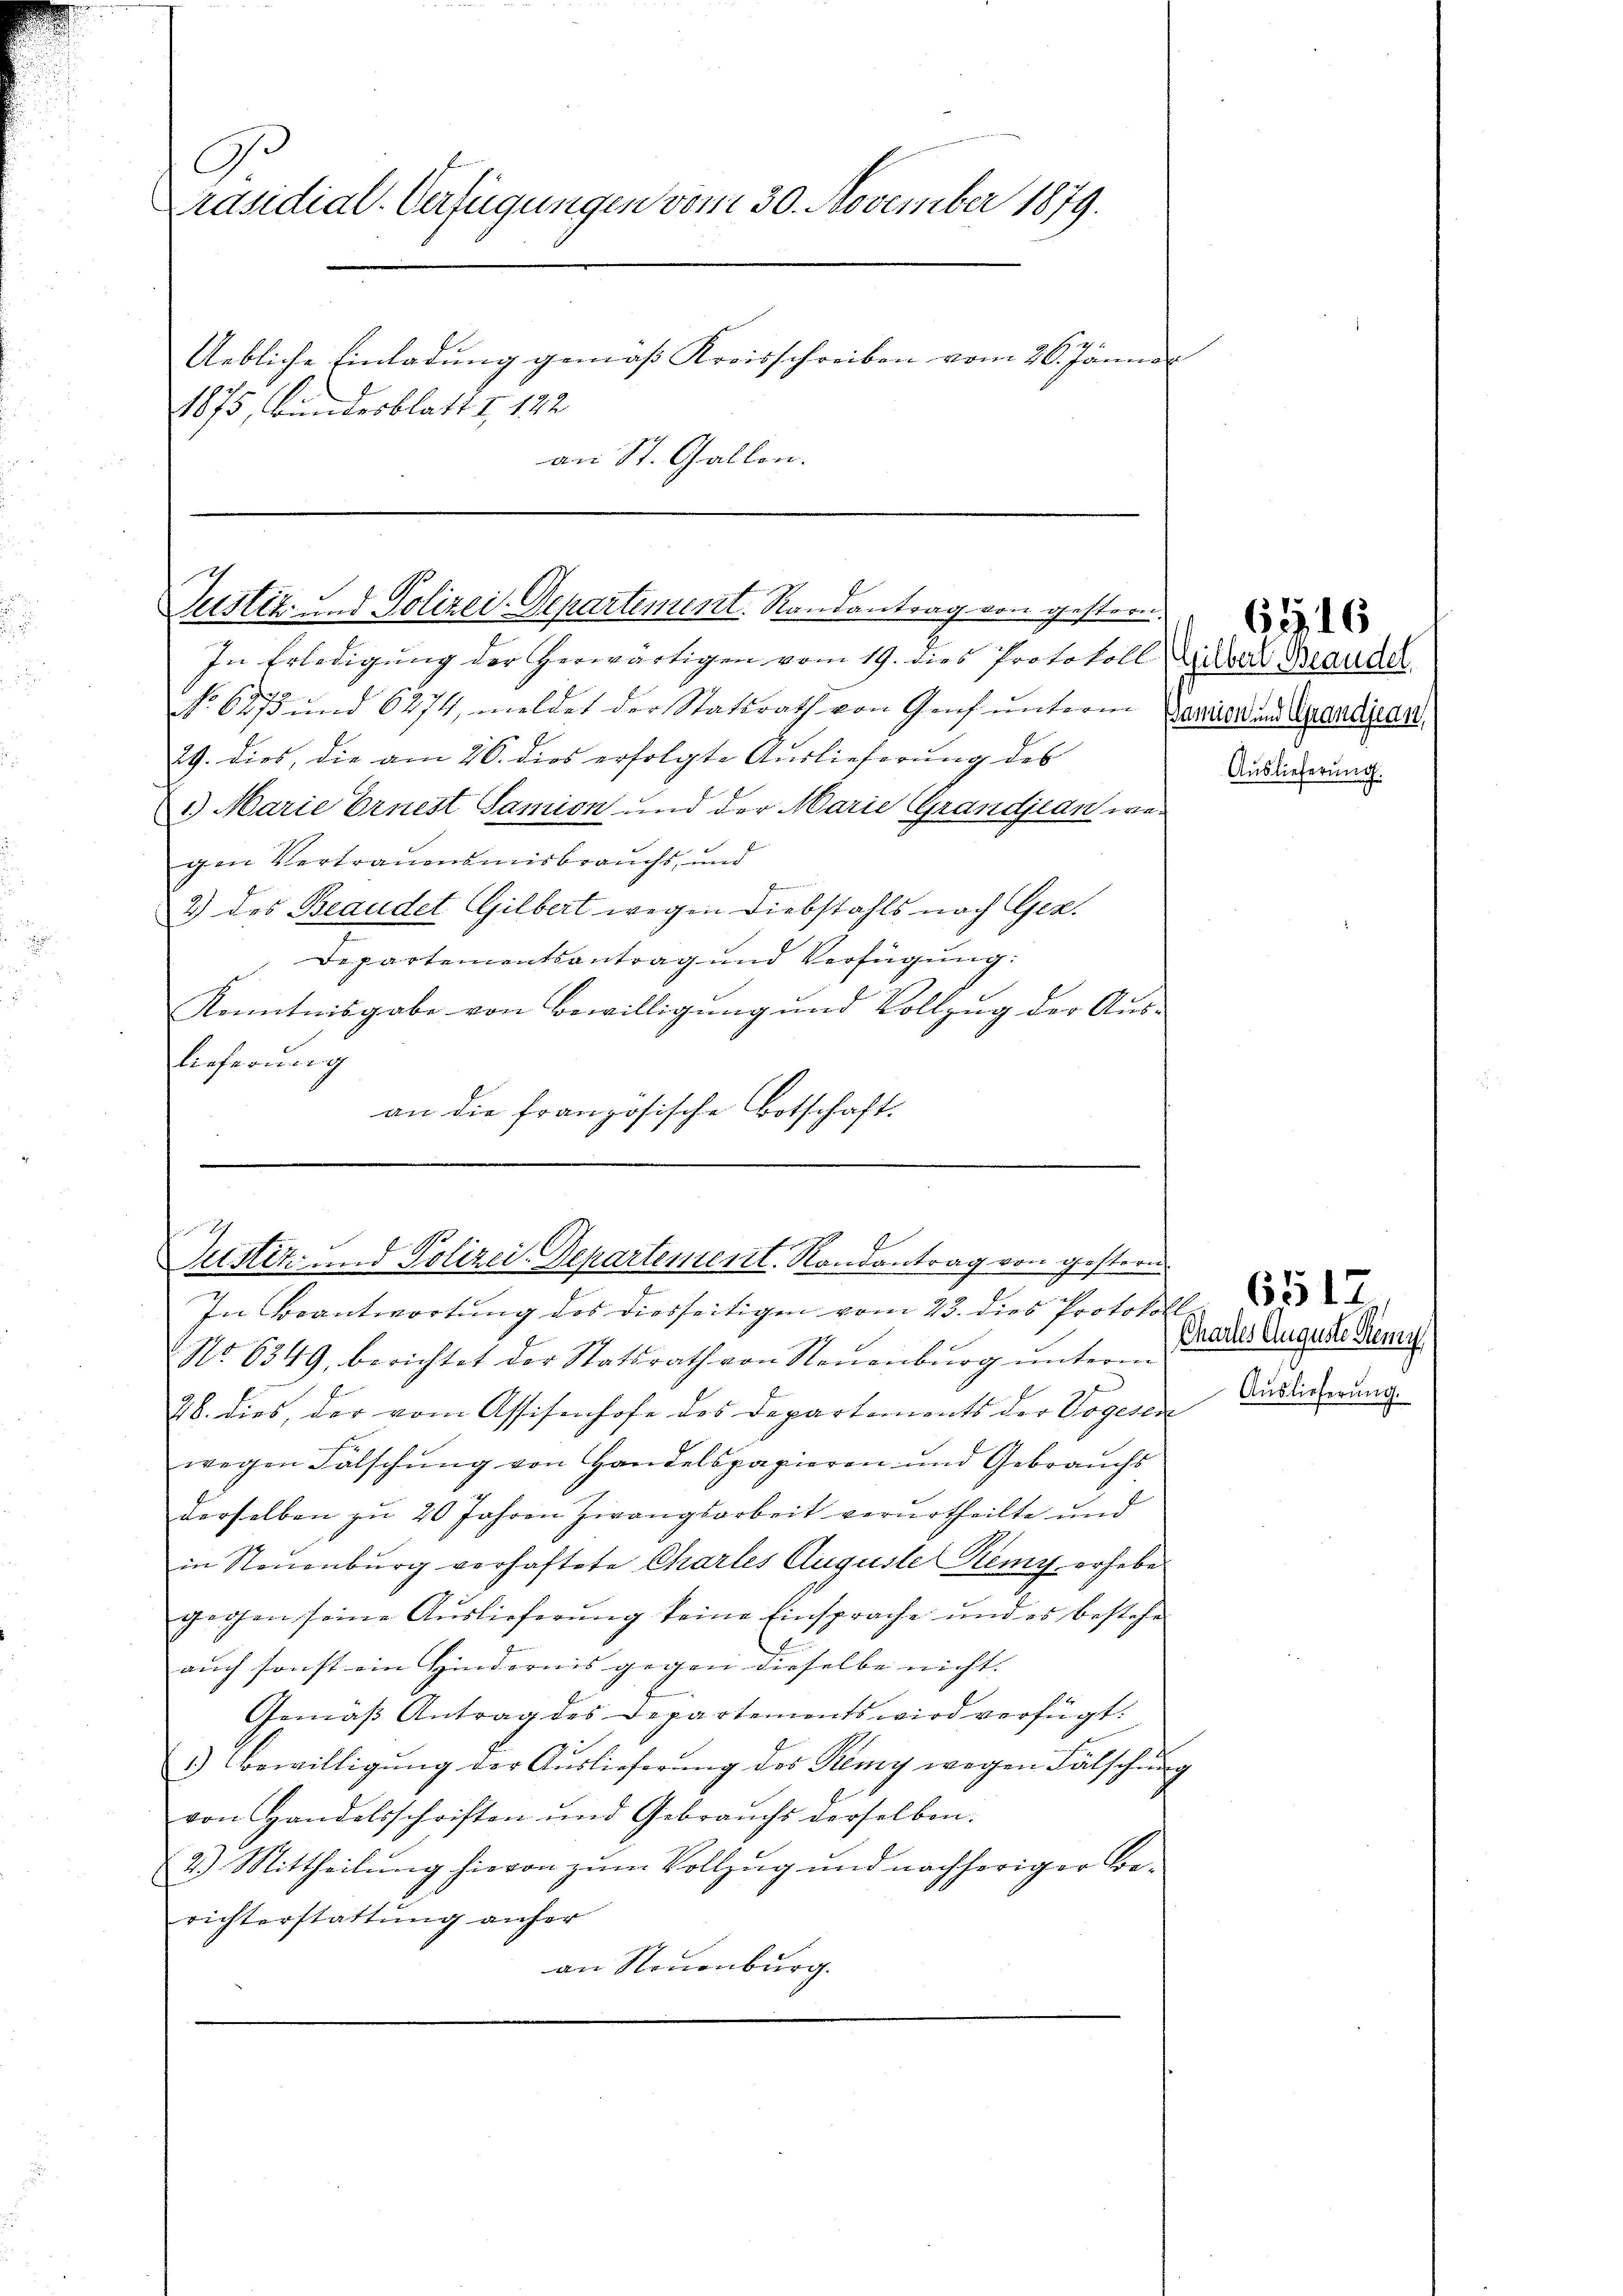
G
Präsidial-Verfügungen vom 30. November 1879.
Uebliche Einladung gemäß Kreisschreiben vom 26. Jänner
1875, Bundesblatt I 122
an St. Gallen.

In Erledigung der herwärtigen vom 19. dies Protokoll Silber Bauder
No 6275 und 6274, meldet der Stattrath von Genf unterm 10ten und Arandjean
29. dies, die am 26. dies erfolgte Auslieferung des
) Marie Ernest Samion und der Marie Grandjean wegen Vertrauensmisbrauchs, und
Pensinnern
2) des Beaudet Gilbert wegen Diebstahls nach Gez.
Departementsantrag und Verfügung:
Kenntnisgabe von Bewilligung und Vollzug der Aus-
lieferung
an die französische Botschaft.

Justiz- und Polizei-Departement. Randantrag von gestern.

Justiz- und Polizei-Departement. Randantrag von gestern

In Beantwortung des diesseitigen vom 23. dies Protokoll
No. 6349, berichtet der Statsrath von Neuenburg unterm
28. dies, der vom Assisenhofe des Departements der Vogesen
wegen Fälschung von Handelspapieren und Gebrauchs
derselben zu 20 Jahren Zwangsarbeit verurtheilte und
in Neuenburg verhaftete Chartes Auguste Remy erhebe
gegen seine Aŭslieferŭng keine Einsprache und es bestehe

auch sonst ein Hindernis gegen dieselbe nicht.
Gemäβ Antrag des Departements wird verfügt:
1.) Bewilligŭng der Auslieferŭng des Remy wegen Fälschŭng
von Handelsschriften und Gebrauchs derselben.
2.) Mittheilung hievon zum Vollzug und nachheriger Be-
richterstattung anfer
an Neuenburg.

Auslieferung.

6316

Chartes Auguste Remy
Auslieferung.

6517.